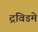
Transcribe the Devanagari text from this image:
द्रविडमे